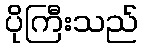
ပိုကြီးသည်